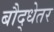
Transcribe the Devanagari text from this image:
बौद्धेतर